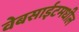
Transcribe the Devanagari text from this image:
वेबसाईटमधील